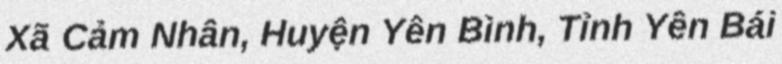
Xã Cảm Nhân, Huyện Yên Bình, Tỉnh Yên Bái